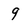
Character: 9